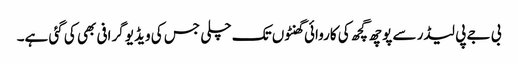
بی جے پی لیڈر سے پوچھ گچھ کی کاروائی گھنٹوں تک چلی جس کی ویڈیو گرافی بھی کی گئی ہے۔